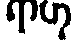
ရာဟု